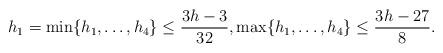
LaTeX: \begin{align*} h_1= \min\{h_1,\dots, h_4\} \le\frac{3h-3}{32}, \max\{h_1,\dots,h_4\}\le\frac{3h-27}{8}. \end{align*}